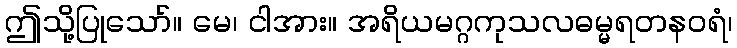
ဤသို့ပြုသော်။ မေ၊ ငါအား။ အရိယမဂ္ဂကုသလဓမ္မရတနဝရံ၊